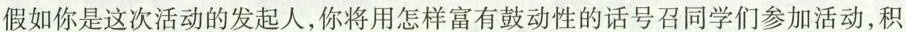
假如你是这次活动的发起人，你将用怎样富有鼓动性的话号召同学们参加活动，积